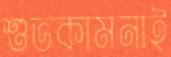
শুভকামনাই